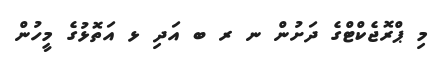
މި ޕްރޮޖެކްޓްގެ ދަށުން ނ ރ ބ އަދި ޅ އަތޮޅުގެ މީހުން